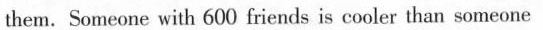
them. Someone with 600 friends is cooler than someone